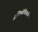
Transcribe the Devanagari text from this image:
इथियोपियनने